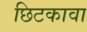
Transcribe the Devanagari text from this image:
छिटकावा